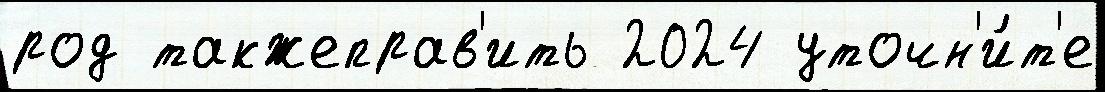
род такжеправ'ить 2024 уточн'и́т'е